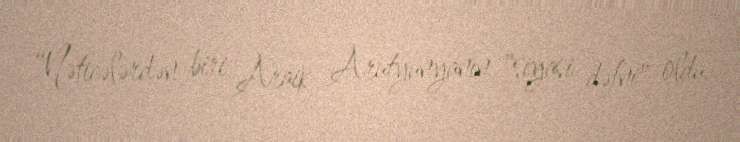
“Nəticələrdən biri Araik Arutyunyanın "siyasi dəfni" oldu.